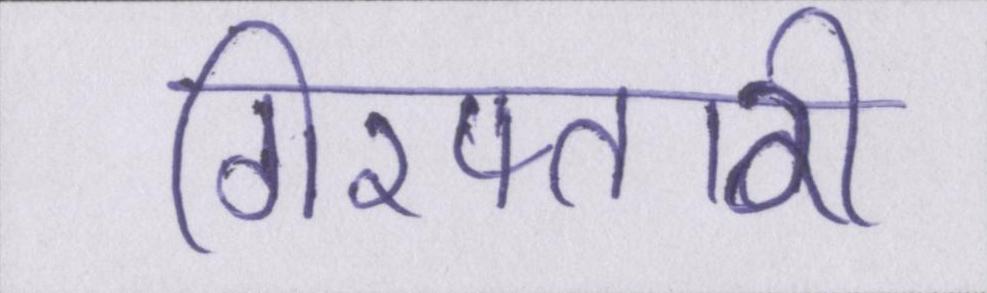
गिरफ्तारी